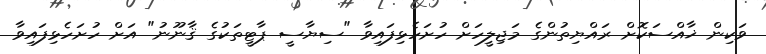
ވަކިން ޚާއްސަކޮށް ރައްޔިތުންގެ މަޖިލީހަށް ހުށަހެޅިފައިވާ "ސިޔާސީ ޕާޓީތަކުގެ ޤާނޫނު" އަށް ހުށަހެޅިފައިވާ